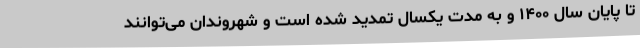
تا پایان سال ۱۴۰۰ و به مدت یکسال تمدید شده است و شهروندان می‌توانند